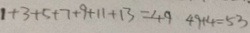
1 + 3 + 5 + 7 + 9 + 1 1 + 1 3 = 4 9 4 9 + 4 = 5 3